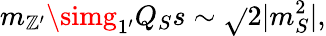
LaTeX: m_{\mathbb{Z}^{\prime}}\simg_{1^{\prime}}Q_{S}s\sim\sqrt{}{{2|m_{S}^{2}|}},